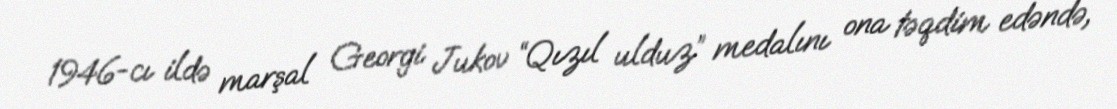
1946-cı ildə marşal Georgi Jukov “Qızıl ulduz” medalını ona təqdim edəndə,